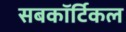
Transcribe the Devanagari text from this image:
सबकॉर्टिकल